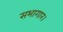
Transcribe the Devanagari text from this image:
सभागार।